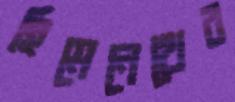
হিমেনেথের